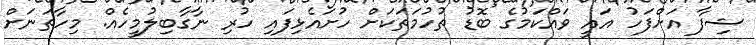
ޝިފާ އަށްފަހު އައީ ވައްކަމުގެ ބޮޑު ތުހުމަތަކަށް ހުށައެޅިފައި ހުރި ނާގާބިލުމީހެއް. މިހާތަނަށް